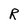
Character: R